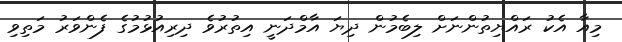
މިއާ އެކު ރައްޔިތުންނަށް ލިބެމުން ދިޔަ އާމްދަނީ އިތުރުވެ ދިރިއުޅުމުގެ ފެންވަރު މަތިވި